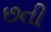
છતી